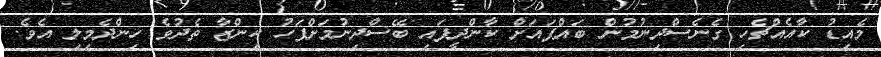
މެއިޑު ކާއެއްޗެހި ގެނެސްދިނުމުން ބައްޕައަށް ކާންދީފައި ބޭސްދިނުމަށްފަހު ކިންޒާ ތެދުވެ ހިންދެމިލި އެވެ.